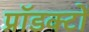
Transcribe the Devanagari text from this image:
प्रॉडक्टों